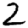
Digit: 2